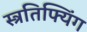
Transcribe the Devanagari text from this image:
स्त्रतिफ्यिंग